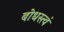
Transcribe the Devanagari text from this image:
बोधस्त्वं